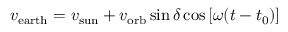
v _ { \mathrm { e a r t h } } = v _ { \mathrm { s u n } } + v _ { \mathrm { o r b } } \sin \delta \cos \left[ \omega ( t - t _ { 0 } ) \right]